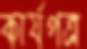
কার্যপত্র